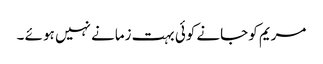
مریم کو جانے کوئی بہت زمانے نہیں ہو ئے ۔